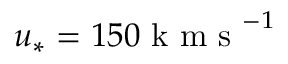
u _ { * } = 1 5 0 \mathrm { ~ k ~ m ~ s ~ } ^ { - 1 }